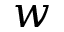
w